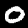
Digit: 0